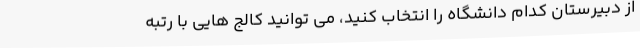
از دبیرستان کدام دانشگاه را انتخاب کنید، می توانید کالج هایی با رتبه